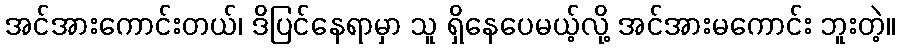
အင်အားကောင်းတယ်၊ ဒိပြင်နေရာမှာ သူ ရှိနေပေမယ့်လို့ အင်အားမကောင်း ဘူးတဲ့။